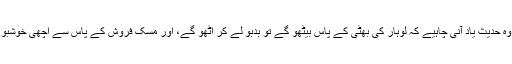
اور ہمیں وہ حدیث یاد آنی چاہیے کہ لوہار کی بھٹی کے پاس بیٹھو گے تو بدبو لے کر اٹھو گے، اور مسک فروش کے پاس سے اچھی خوشبو ملے گی۔